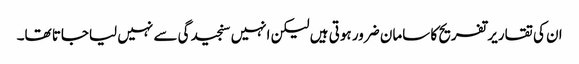
ان کی تقاریر تفریح کا سامان ضرور ہوتی ہیں لیکن انہیں سنجیدگی سے نہیں لیاجاتا تھا۔